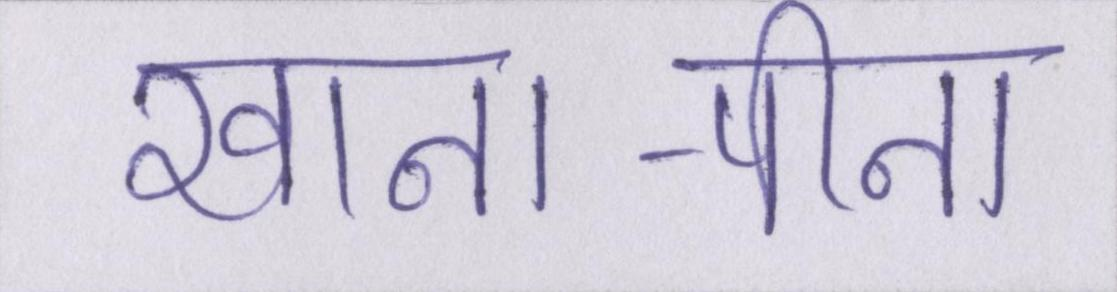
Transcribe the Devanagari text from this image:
खाना-पीना